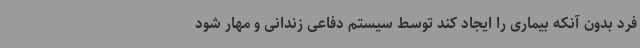
فرد بدون آنکه بیماری را ایجاد کند توسط سیستم دفاعی زندانی و مهار شود